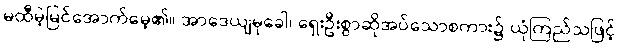
မထီမဲ့မြင်အောက်မေ့၏။ အာဒေယျမုခေါ၊ ရှေးဦးစွာဆိုအပ်သောစကား၌ ယုံကြည်သဖြင့်